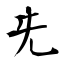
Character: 兂